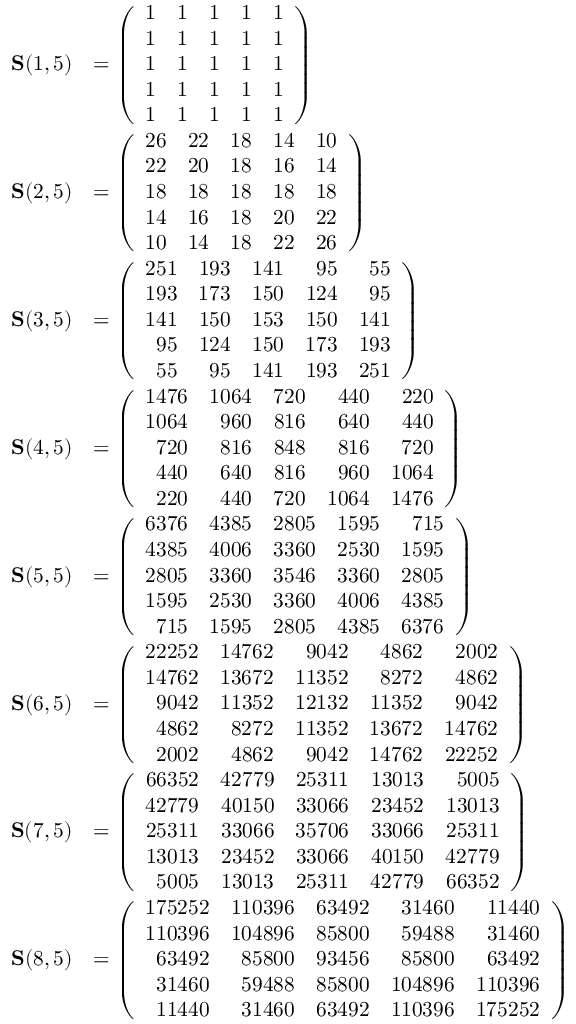
\begin{array} { r l } { \mathbf { S } ( 1 , 5 ) } & { = \left( \begin{array} { r r r r r } { 1 } & { 1 } & { 1 } & { 1 } & { 1 } \\ { 1 } & { 1 } & { 1 } & { 1 } & { 1 } \\ { 1 } & { 1 } & { 1 } & { 1 } & { 1 } \\ { 1 } & { 1 } & { 1 } & { 1 } & { 1 } \\ { 1 } & { 1 } & { 1 } & { 1 } & { 1 } \end{array} \right) } \\ { \mathbf { S } ( 2 , 5 ) } & { = \left( \begin{array} { r r r r r } { 2 6 } & { 2 2 } & { 1 8 } & { 1 4 } & { 1 0 } \\ { 2 2 } & { 2 0 } & { 1 8 } & { 1 6 } & { 1 4 } \\ { 1 8 } & { 1 8 } & { 1 8 } & { 1 8 } & { 1 8 } \\ { 1 4 } & { 1 6 } & { 1 8 } & { 2 0 } & { 2 2 } \\ { 1 0 } & { 1 4 } & { 1 8 } & { 2 2 } & { 2 6 } \end{array} \right) } \\ { \mathbf { S } ( 3 , 5 ) } & { = \left( \begin{array} { r r r r r } { 2 5 1 } & { 1 9 3 } & { 1 4 1 } & { 9 5 } & { 5 5 } \\ { 1 9 3 } & { 1 7 3 } & { 1 5 0 } & { 1 2 4 } & { 9 5 } \\ { 1 4 1 } & { 1 5 0 } & { 1 5 3 } & { 1 5 0 } & { 1 4 1 } \\ { 9 5 } & { 1 2 4 } & { 1 5 0 } & { 1 7 3 } & { 1 9 3 } \\ { 5 5 } & { 9 5 } & { 1 4 1 } & { 1 9 3 } & { 2 5 1 } \end{array} \right) } \\ { \mathbf { S } ( 4 , 5 ) } & { = \left( \begin{array} { r r r r r } { 1 4 7 6 } & { 1 0 6 4 } & { 7 2 0 } & { 4 4 0 } & { 2 2 0 } \\ { 1 0 6 4 } & { 9 6 0 } & { 8 1 6 } & { 6 4 0 } & { 4 4 0 } \\ { 7 2 0 } & { 8 1 6 } & { 8 4 8 } & { 8 1 6 } & { 7 2 0 } \\ { 4 4 0 } & { 6 4 0 } & { 8 1 6 } & { 9 6 0 } & { 1 0 6 4 } \\ { 2 2 0 } & { 4 4 0 } & { 7 2 0 } & { 1 0 6 4 } & { 1 4 7 6 } \end{array} \right) } \\ { \mathbf { S } ( 5 , 5 ) } & { = \left( \begin{array} { r r r r r } { 6 3 7 6 } & { 4 3 8 5 } & { 2 8 0 5 } & { 1 5 9 5 } & { 7 1 5 } \\ { 4 3 8 5 } & { 4 0 0 6 } & { 3 3 6 0 } & { 2 5 3 0 } & { 1 5 9 5 } \\ { 2 8 0 5 } & { 3 3 6 0 } & { 3 5 4 6 } & { 3 3 6 0 } & { 2 8 0 5 } \\ { 1 5 9 5 } & { 2 5 3 0 } & { 3 3 6 0 } & { 4 0 0 6 } & { 4 3 8 5 } \\ { 7 1 5 } & { 1 5 9 5 } & { 2 8 0 5 } & { 4 3 8 5 } & { 6 3 7 6 } \end{array} \right) } \\ { \mathbf { S } ( 6 , 5 ) } & { = \left( \begin{array} { r r r r r } { 2 2 2 5 2 } & { 1 4 7 6 2 } & { 9 0 4 2 } & { 4 8 6 2 } & { 2 0 0 2 } \\ { 1 4 7 6 2 } & { 1 3 6 7 2 } & { 1 1 3 5 2 } & { 8 2 7 2 } & { 4 8 6 2 } \\ { 9 0 4 2 } & { 1 1 3 5 2 } & { 1 2 1 3 2 } & { 1 1 3 5 2 } & { 9 0 4 2 } \\ { 4 8 6 2 } & { 8 2 7 2 } & { 1 1 3 5 2 } & { 1 3 6 7 2 } & { 1 4 7 6 2 } \\ { 2 0 0 2 } & { 4 8 6 2 } & { 9 0 4 2 } & { 1 4 7 6 2 } & { 2 2 2 5 2 } \end{array} \right) } \\ { \mathbf { S } ( 7 , 5 ) } & { = \left( \begin{array} { r r r r r } { 6 6 3 5 2 } & { 4 2 7 7 9 } & { 2 5 3 1 1 } & { 1 3 0 1 3 } & { 5 0 0 5 } \\ { 4 2 7 7 9 } & { 4 0 1 5 0 } & { 3 3 0 6 6 } & { 2 3 4 5 2 } & { 1 3 0 1 3 } \\ { 2 5 3 1 1 } & { 3 3 0 6 6 } & { 3 5 7 0 6 } & { 3 3 0 6 6 } & { 2 5 3 1 1 } \\ { 1 3 0 1 3 } & { 2 3 4 5 2 } & { 3 3 0 6 6 } & { 4 0 1 5 0 } & { 4 2 7 7 9 } \\ { 5 0 0 5 } & { 1 3 0 1 3 } & { 2 5 3 1 1 } & { 4 2 7 7 9 } & { 6 6 3 5 2 } \end{array} \right) } \\ { \mathbf { S } ( 8 , 5 ) } & { = \left( \begin{array} { r r r r r } { 1 7 5 2 5 2 } & { 1 1 0 3 9 6 } & { 6 3 4 9 2 } & { 3 1 4 6 0 } & { 1 1 4 4 0 } \\ { 1 1 0 3 9 6 } & { 1 0 4 8 9 6 } & { 8 5 8 0 0 } & { 5 9 4 8 8 } & { 3 1 4 6 0 } \\ { 6 3 4 9 2 } & { 8 5 8 0 0 } & { 9 3 4 5 6 } & { 8 5 8 0 0 } & { 6 3 4 9 2 } \\ { 3 1 4 6 0 } & { 5 9 4 8 8 } & { 8 5 8 0 0 } & { 1 0 4 8 9 6 } & { 1 1 0 3 9 6 } \\ { 1 1 4 4 0 } & { 3 1 4 6 0 } & { 6 3 4 9 2 } & { 1 1 0 3 9 6 } & { 1 7 5 2 5 2 } \end{array} \right) } \end{array}